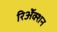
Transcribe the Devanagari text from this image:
रिॲेक्शन